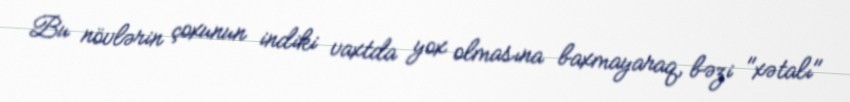
Bu növlərin çoxunun indiki vaxtda yox olmasına baxmayaraq, bəzi "xətalı"